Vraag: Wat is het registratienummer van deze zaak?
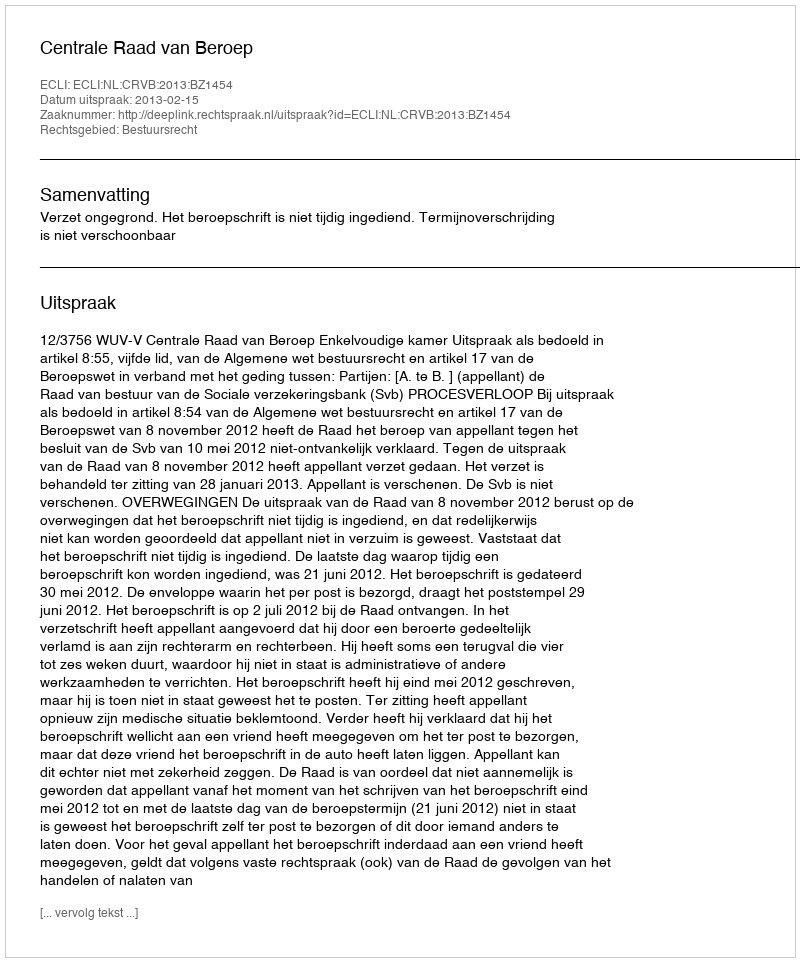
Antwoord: http://deeplink.rechtspraak.nl/uitspraak?id=ECLI:NL:CRVB:2013:BZ1454